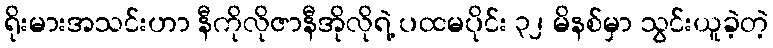
ရိုးမားအသင်းဟာ နီကိုလိုဇာနီအိုလိုရဲ့ ပထမပိုင်း ၃၂ မိနစ်မှာ သွင်းယူခဲ့တဲ့